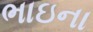
ભાઇના